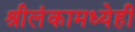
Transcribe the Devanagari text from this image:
श्रीलंकामध्येही